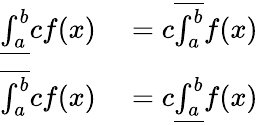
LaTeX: \begin{array}{rl}{{\underline{{\int_{a}^{b}}}}cf(x)}&{{}=c{\overline{{\int_{a}^{b}}}}f(x)}\\ {{\overline{{\int_{a}^{b}}}}cf(x)}&{{}=c{\underline{{\int_{a}^{b}}}}f(x)}\end{array}